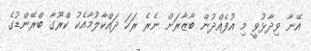
އޭނާ ވިދާޅުވީ މި އުފެއްދުން ބާޒާރަށް ނެރެ ރަހަ ދައްކާލުމާއެކު ކްރޫގާ ބްރޭންޑުގެ